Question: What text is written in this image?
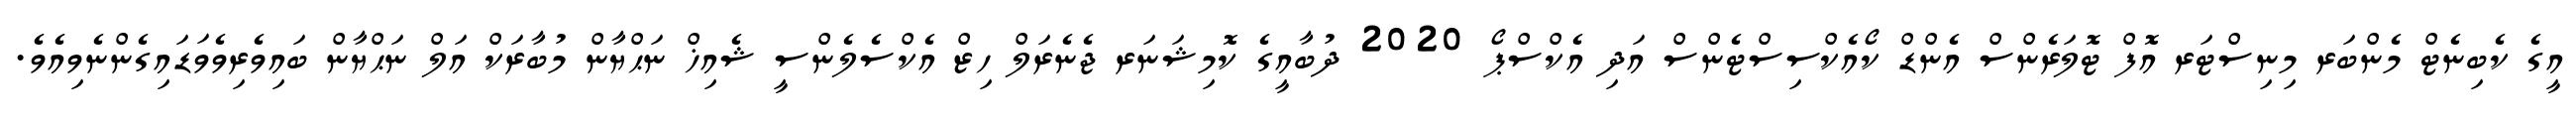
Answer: އީގެ ކެބިނެޓް މެންބަރ މިނިސްޓަރ އޮފް ޓޮލަރެންސް އެންޑް ކޯއެކްސިސްޓެންސް އަދި އެކްސްޕޯ 2020 ދުބާއީގެ ކޮމިޝަނަރ ޖެނެރަލް ހިޒް އެކްސެލެންސީ ޝެއިޚް ނަޙްޔާން މުބާރަކް އަލް ނަޙްޔާން ބައިވެރިވެވަޑައިގެންނެވިއެވެ.